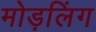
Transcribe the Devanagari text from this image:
मोड़लिंग